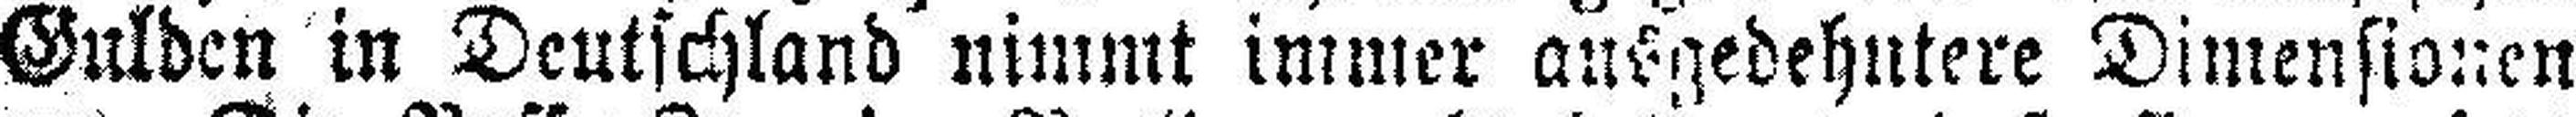
Gulden in Deutschland nimmt immer ausgedehntere Dimensionen